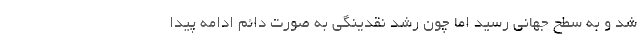
شد و به سطح جهانی رسید اما چون رشد نقدینگی به‌ صورت دائم ادامه پیدا